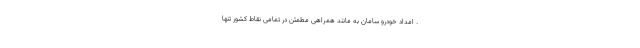
. امداد خودرو سامان به مانند همراهی مطمئن در تمامی نقاط کشور تنها